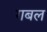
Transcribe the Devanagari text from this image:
गबल